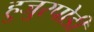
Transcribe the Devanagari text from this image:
हुजुरपोडी